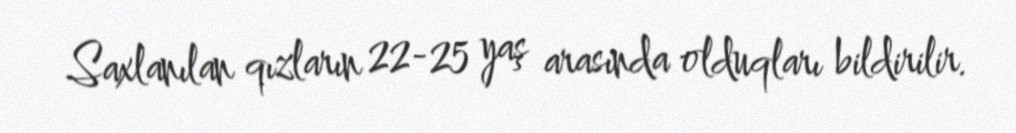
Saxlanılan qızların 22-25 yaş arasında olduqları bildirilir.